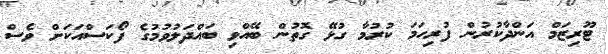
ޓޫރިޒަމް އަންދާކުރުން ފުރިހަމަ ކުރުމާ ގުޅޭ ގޮތުން ބޭއްވި ބައްދަލުވުމުގެ ފޯކަސްއަކަށް ވެސް